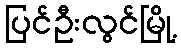
ပြင်ဦးလွင်မြို့